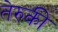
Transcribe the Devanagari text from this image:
तेरुकी